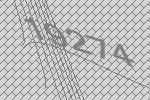
19274